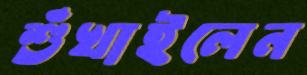
শুঁখাইলেন